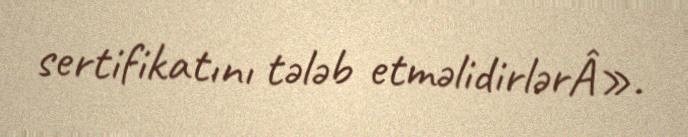
sertifikatını tələb etməlidirlərÂ».